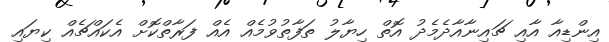
އިންޑިއާ އާއި ޗައިނާއާދެމެދު އޮތް ހިޔާލު ތަފާތުވުމެއް އެއް ފަރާތްކޮށް އެކައްޗެއް ކިޔައި